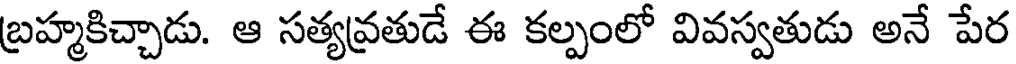
బ్రహ్మకిచ్చాడు. ఆ సత్యవ్రతుడే ఈ కల్పంలో వివస్వతుడు అనే పేర